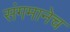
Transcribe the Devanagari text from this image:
संगमानेच